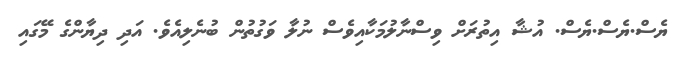
ޔެސް.ޔެސް.ޔެސް. އުޝާ އިތުރަށް ވިސްނާލުމަކާއިވެސް ނުލާ ވަގުތުން ބުނެލިއެވެ. އަދި ދިޔާންގެ މޭގައި